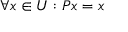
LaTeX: \forall x \in U : P x = x